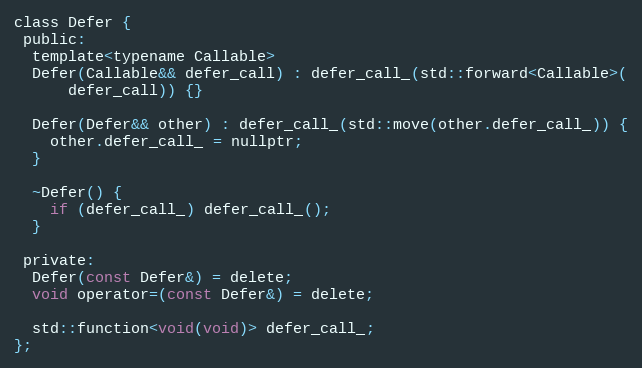
Language: C
class Defer {
 public:
  template<typename Callable>
  Defer(Callable&& defer_call) : defer_call_(std::forward<Callable>(
      defer_call)) {}

  Defer(Defer&& other) : defer_call_(std::move(other.defer_call_)) {
    other.defer_call_ = nullptr;
  }

  ~Defer() {
    if (defer_call_) defer_call_();
  }

 private:
  Defer(const Defer&) = delete;
  void operator=(const Defer&) = delete;

  std::function<void(void)> defer_call_;
};